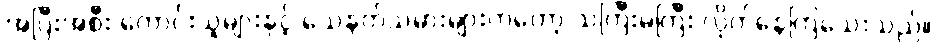
အပြီးအစီး ကောင်းသူများနှင့် သေနတ်သမားများကတော့ သဲကြီးမဲကြီး လိုက်နေကြသေးသည်။